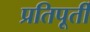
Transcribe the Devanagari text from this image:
प्रतिपूर्ती